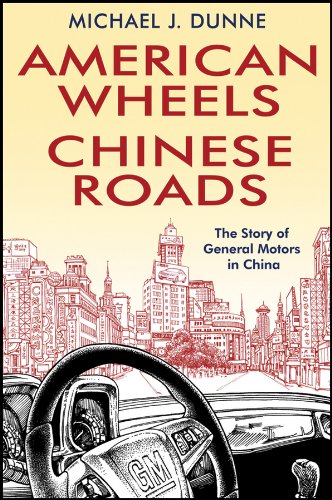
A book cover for American Wheels, Chinese Roads: The Story of General Motors in China; Michael J. Dunne; Business & Money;